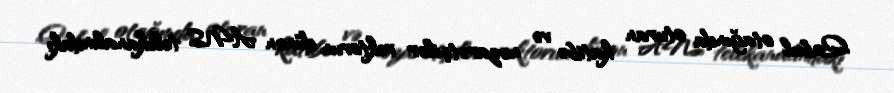
Qəbul otağında oturan katibə və nəzarətçilər rektorun dünən ANS telekanalındakı